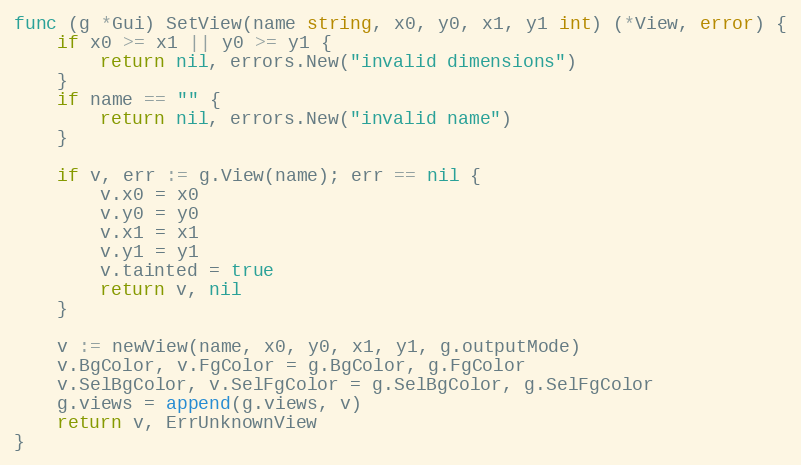
Language: Go
func (g *Gui) SetView(name string, x0, y0, x1, y1 int) (*View, error) {
	if x0 >= x1 || y0 >= y1 {
		return nil, errors.New("invalid dimensions")
	}
	if name == "" {
		return nil, errors.New("invalid name")
	}

	if v, err := g.View(name); err == nil {
		v.x0 = x0
		v.y0 = y0
		v.x1 = x1
		v.y1 = y1
		v.tainted = true
		return v, nil
	}

	v := newView(name, x0, y0, x1, y1, g.outputMode)
	v.BgColor, v.FgColor = g.BgColor, g.FgColor
	v.SelBgColor, v.SelFgColor = g.SelBgColor, g.SelFgColor
	g.views = append(g.views, v)
	return v, ErrUnknownView
}